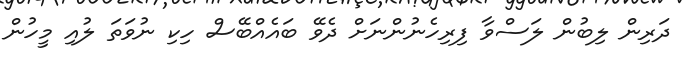
ދަރިން ލިބުން ލަސްވާ ފިރިހެނުންނަށް ދެވޭ ބައެއްބޭސް ހިކި ނުވަތަ ލުއި މީހުން